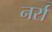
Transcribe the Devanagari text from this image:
नर्रा